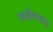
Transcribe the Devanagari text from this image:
कसीमाबाद